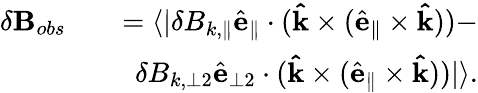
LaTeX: \begin{array}{rlr}{\delta\mathbf{B}_{obs}}&{}&{=\langle|\delta B_{k,\parallel}\hat{\mathbf{e}}_{\parallel}\cdot(\mathbf{\hat{k}}\times(\hat{\mathbf{e}}_{\parallel}\times\mathbf{\hat{k}}))-}\\ &{}&{\delta B_{k,{\perp 2}}\hat{\mathbf{e}}_{\perp 2}\cdot(\mathbf{\hat{k}}\times(\hat{\mathbf{e}}_{\parallel}\times\mathbf{\hat{k}}))|\rangle.}\end{array}